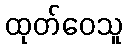
ထုတ်ဝေသူ